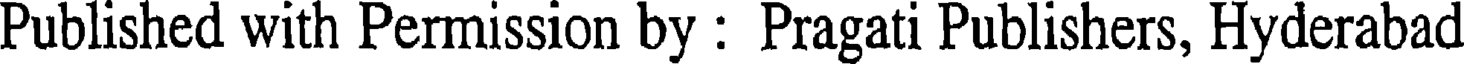
Published with Permission by : Pragati Publishers, Hyderabad